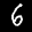
Label: 6